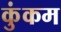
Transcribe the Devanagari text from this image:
कुंकम